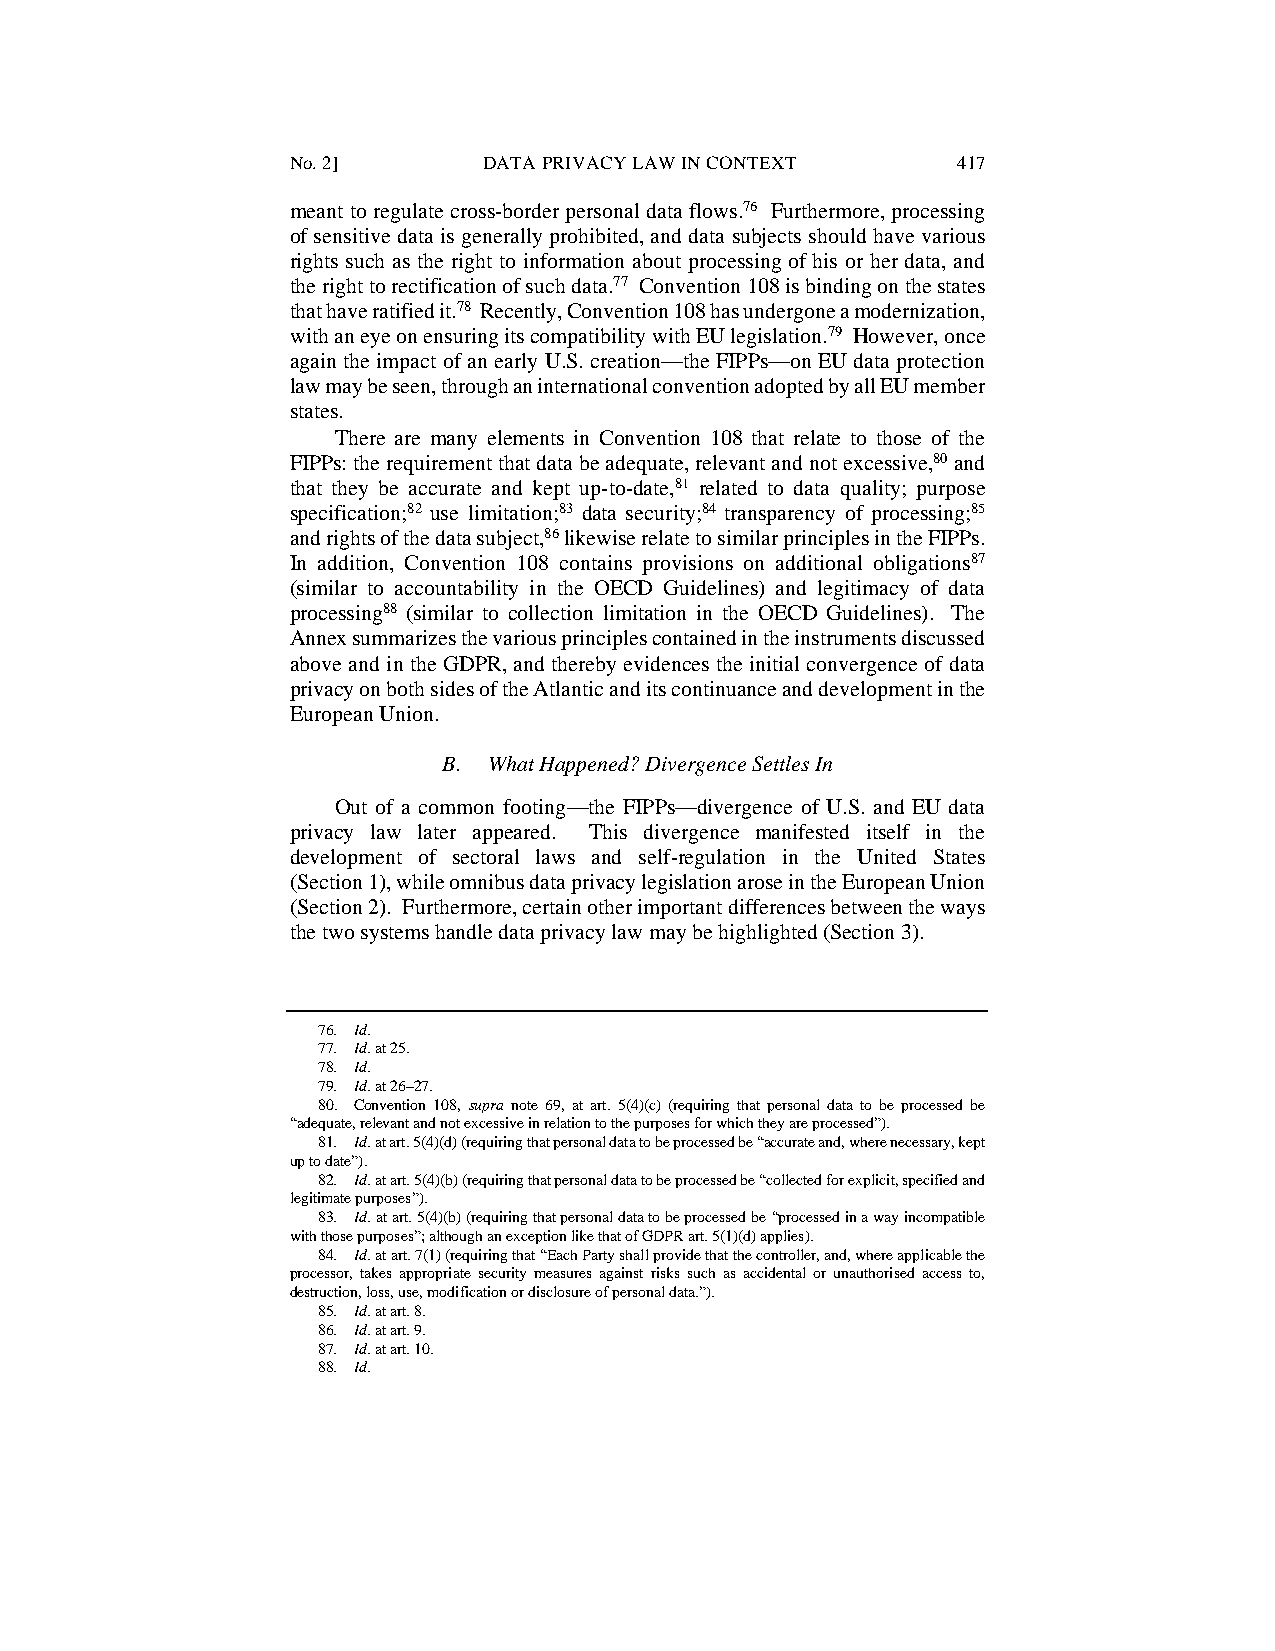
No. 2]       DATA PRIVACY LAW IN CONTEXT    417
 meant to regulate cross-border personal data flows.76 Furthermore, processing
 of sensitive data is generally prohibited, and data subjects should have various
 rights such as the right to information about processing of his or her data, and
 the right to rectification of such data.77 Convention 108 is binding on the states
 that have ratified it.78 Recently, Convention 108 has undergone a modernization,
 with an eye on ensuring its compatibility with EU legislation.79 However, once
 again the impact of an early U.S. creation—the FIPPs—on EU data protection
 law may be seen, through an international convention adopted by all EU member
 states.
 There are many elements in Convention 108 that relate to those of the
 FIPPs: the requirement that data be adequate, relevant and not excessive,80 and
 that they be accurate and kept up-to-date,81 related to data quality; purpose
 specification;82 use limitation;83 data security;84 transparency of processing;85
 and rights of the data subject,86 likewise relate to similar principles in the FIPPs.
 In addition, Convention 108 contains provisions on additional obligations87
 (similar to accountability in the OECD Guidelines) and legitimacy of data
 processing88 (similar to collection limitation in the OECD Guidelines). The
 Annex summarizes the various principles contained in the instruments discussed
 above and in the GDPR, and thereby evidences the initial convergence of data
 privacy on both sides of the Atlantic and its continuance and development in the
 European Union.
 B. What Happened? Divergence Settles In
 Out of a common footing—the FIPPs—divergence of U.S. and EU data
 privacy law later appeared. This divergence manifested itself in the
 development of sectoral laws and self-regulation in the United States
 (Section 1), while omnibus data privacy legislation arose in the European Union
 (Section 2). Furthermore, certain other important differences between the ways
 the two systems handle data privacy law may be highlighted (Section 3).
 76. Id.
 77. Id. at 25.
 78. Id.
 79. Id. at 26–27.
 80. Convention 108, supra note 69, at art. 5(4)(c) (requiring that personal data to be processed be
 “adequate, relevant and not excessive in relation to the purposes for which they are processed”).
 81. Id. at art. 5(4)(d) (requiring that personal data to be processed be “accurate and, where necessary, kept
 up to date”).
 82. Id. at art. 5(4)(b) (requiring that personal data to be processed be “collected for explicit, specified and
 legitimate purposes”).
 83. Id. at art. 5(4)(b) (requiring that personal data to be processed be “processed in a way incompatible
 with those purposes”; although an exception like that of GDPR art. 5(1)(d) applies).
 84. Id. at art. 7(1) (requiring that “Each Party shall provide that the controller, and, where applicable the
 processor, takes appropriate security measures against risks such as accidental or unauthorised access to,
 destruction, loss, use, modification or disclosure of personal data.”).
 85. Id. at art. 8.
 86. Id. at art. 9.
 87. Id. at art. 10.
 88. Id.